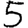
Digit: 5